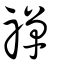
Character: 禪